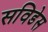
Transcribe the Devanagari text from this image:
सविडेस